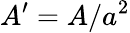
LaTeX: A^{\prime}=A/a^{2}